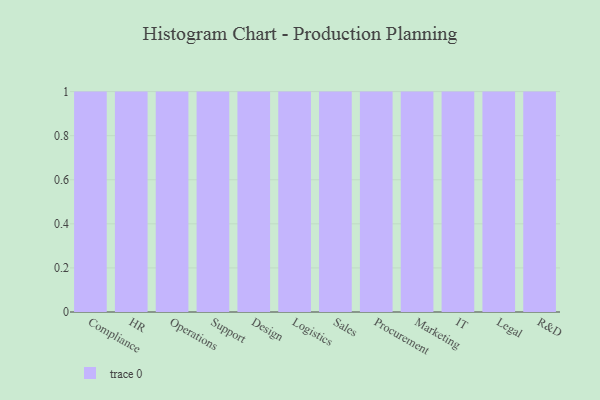
{"axis": {"x": "Department", "y": "Inventory Turnover"}, "legend": [""], "data": [{"x": "Compliance", "y": 12, "type": ""}, {"x": "HR", "y": 17, "type": ""}, {"x": "Operations", "y": 27, "type": ""}, {"x": "Support", "y": 83, "type": ""}, {"x": "Design", "y": 81, "type": ""}, {"x": "Logistics", "y": 36, "type": ""}, {"x": "Sales", "y": 66, "type": ""}, {"x": "Procurement", "y": 19, "type": ""}, {"x": "Marketing", "y": 87, "type": ""}, {"x": "IT", "y": 43, "type": ""}, {"x": "Legal", "y": 72, "type": ""}, {"x": "R&D", "y": 9, "type": ""}]}